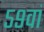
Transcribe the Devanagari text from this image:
५९वां